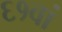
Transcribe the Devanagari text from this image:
६१वां